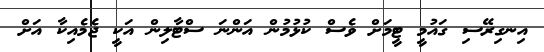
އިނގިރޭސި ގައުމީ ޓީމަށް ވެސް ކުޅުމުން އަންނަ ސްޓާލިން އަކީ ޖެމެއިކާ އަށް